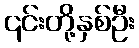
၎င်းတို့နှစ်ဦး